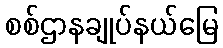
စစ်ဌာနချုပ်နယ်မြေ